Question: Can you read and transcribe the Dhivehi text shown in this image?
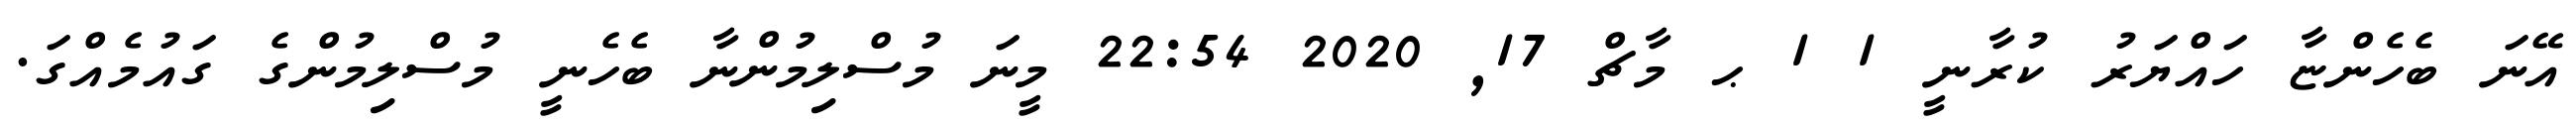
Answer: އޭނަ ބެހެންޏާ ހައްޔަރު ކުރާނީ 1 1 ޙ މާޗް 17, 2020 22:54 މީނަ މުސްލިމުންނާ ބެހެނީ މުސްލިމުންގެ ގައުމެއްގަ.